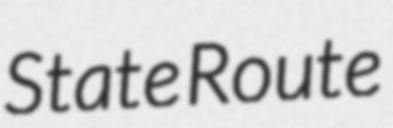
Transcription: State Route